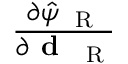
\frac { \partial \hat { \psi } _ { \mathrm { ~ \tiny ~ R ~ } } } { \partial { \textbf { d } _ { \mathrm { ~ \tiny ~ R ~ } } } }